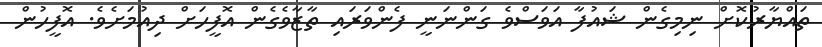
ތައްޔާރުކޮށް ނިމިގެން ޝައުފާ އަވަސްވެ ގަންނަނީ ފެންވަރައި ތާޒާވެގެން އޮފީހަށް ދިއުމަށެވެ. އޮފީހުން